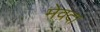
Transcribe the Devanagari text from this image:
मेवदा